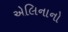
એલિનાનો